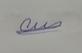
Signature authenticity: genuine